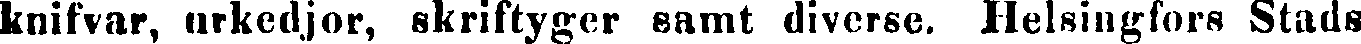
kuifvar, urkedjor, skriftyger samt diverse, Helsingfors Stads